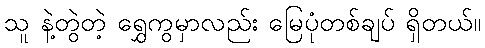
သူ နဲ့တွဲတဲ့ ရွှေကွမှာလည်း မြေပုံတစ်ချပ် ရှိတယ်။